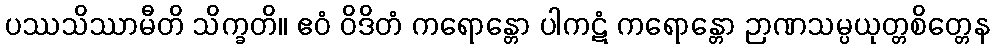
ပဿသိဿာမီတိ သိက္ခတိ။ ဧဝံ ဝိဒိတံ ကရောန္တော ပါကဋံ ကရောန္တော ဉာဏသမ္ပယုတ္တစိတ္တေန